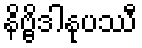
နိဗ္ဗိဒါနုပဿီ